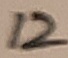
Text: 12